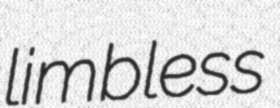
limbless